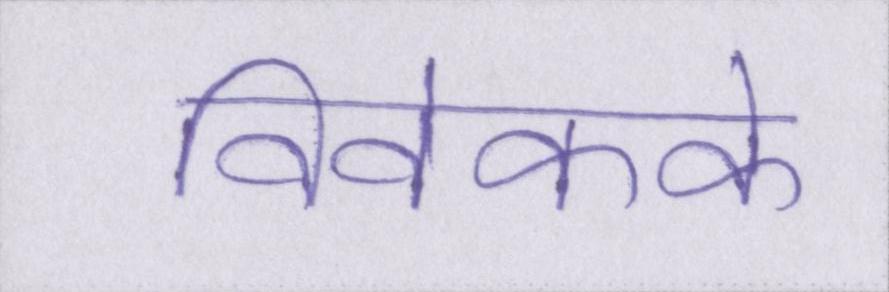
विवेकके